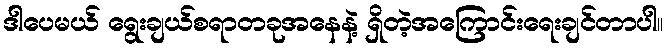
ဒါပေမယ် ရွေးချယ်စရာတခုအနေနဲ့ ရှိတဲ့အကြောင်းရေးချင်တာပါ။